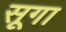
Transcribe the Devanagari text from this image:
सूगा